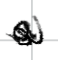
Text: a
Cross-out: zig-zag
Writing tool: digital_black